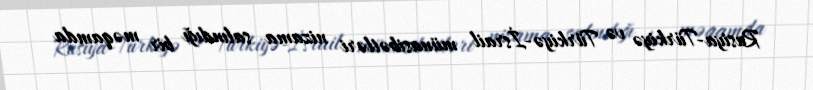
Rusiya-Türkiyə və Türkiyə-İsrail münasibətləri nizama salındığı bir məqamda